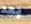
بعد